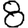
Digit: 8